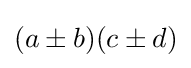
(a\pm b)(c\pm d)